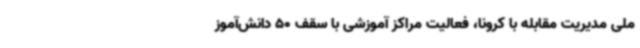
ملی مدیریت مقابله با کرونا، فعالیت مراکز آموزشی با سقف 50 دانش‌آموز